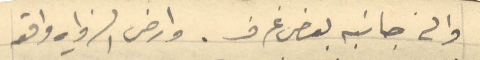
والى جانبه بعض غرف. وارض الزاوية واقعة